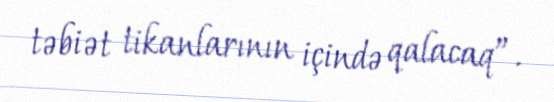
təbiət tikanlarının içində qalacaq”.